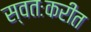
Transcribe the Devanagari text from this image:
स्वतःकरीत